Some observations on the poison of Russell's viper (Daboia russellii) - Number 3
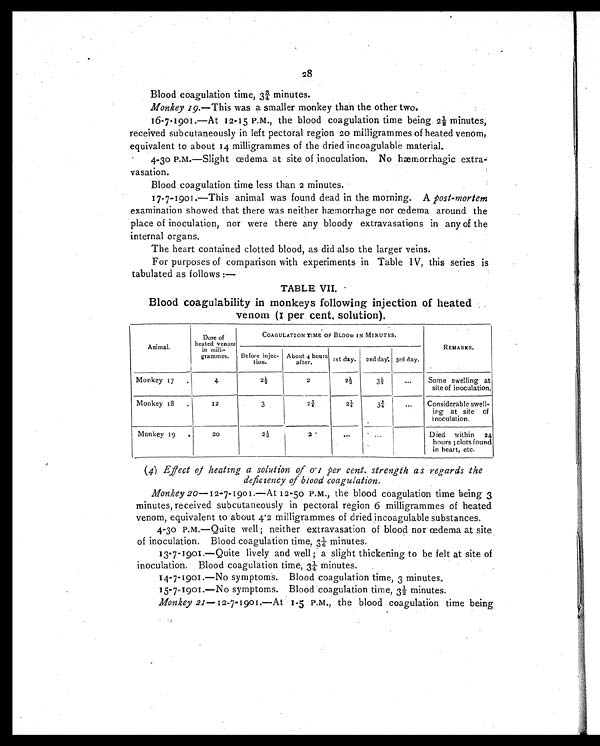
28
Blood coagulation time, 3¾ minutes.
Monkey 19.—This was a smaller monkey than the other two.
16-7-1901.—At 12-15 P.M., the blood coagulation time being, 2½ minutes;
received subcutaneously in left pectoral region 20 milligrammes of heated venom,
equivalent to about 14 milligrammes of the dried incoagulable material.
4-30 P.M.—Slight œdema at site of inoculation. No hæmorrhagic extra
-vasation.
Blood coagulation time less than 2 minutes.
17-7-1901.—This animal was found dead in the morning. A post-mortem
examination showed that there was neither hæmorrhage nor œdema around the
place of inoculation, nor were there any bloody extravasations in any of the
internal organs.
The heart contained clotted blood, as did also the larger veins.
For purposes of comparison with experiments in Table I V, this series is
tabulated as follows :—
TABLE VII.
Blood coagulability in monkeys following injection of heated
venom (1 per cent. solution).
Animal.
Dose of
heated venom
in milli-
grammes.
COAGULATION TIME OF BLOOD IN MINUTES.
REMARKS.
Before injec-
tion.
About 4 hours
after.
ist day.
2nd day; 3rd day.
Monkey 17
.
4
2½
2
2 ½
3½
. . .
Some swelling at
site of inoculation.
Monkey 18
..
12
3
2¾
2 ¼
3 ¾
. . .
Considerable swell-
ing at site of
inoculation.
Monkey 19
.
20
2½
2
. . .
...
Died within
24
hours; clots found
in heart, etc.
(4) Effect of heating a solution of 0 .1 per cent. strength as regards the
deficiency of blood coagulation.
Monkey 20—12-7-1901.—At 12-50 P.M., the blood coagulation time being 3
minutes, received subcutaneously in pectoral region 6 milligrammes of heated
venom, equivalent to about 4. 2 milligrammes of dried incoagulable substances.
4-30 P.M.—Quite well; neither extravasation of blood nor œdema at site
of inoculation. Blood coagulation time, 3¼ minutes.
13-7-1901.—Quite lively and well; a slight thickening to be felt at site of
inoculation. Blood coagulation time, 3¼ minutes.
14-7-1901.—No symptoms. Blood coagulation time, 3 minutes.
15-7-1901.—No symptoms. Blood coagulation time, 3½ minutes.
Monkey 21—12-7-1901.—At 1-5 P.M., the blood coagulation time being